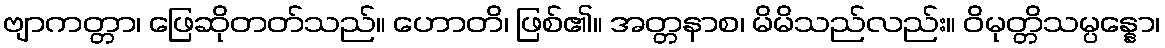
ဗျာကတ္တာ၊ ဖြေဆိုတတ်သည်။ ဟောတိ၊ ဖြစ်၏။ အတ္တနာစ၊ မိမိသည်လည်း။ ဝိမုတ္တိသမ္ပန္နော၊